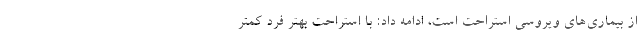
از بیماری‌های ویروسی استراحت است، ادامه داد: با استراحت بهتر فرد کمتر